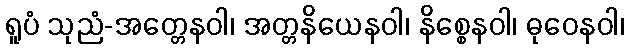
ရူပံ သုညံ-အတ္တေနဝါ၊ အတ္တနိယေနဝါ၊ နိစ္စေနဝါ၊ ဓုဝေနဝါ၊